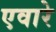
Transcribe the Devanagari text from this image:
एवारे